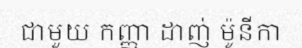
ជាមួយ កញ្ញា ដាញ់ ម៉ូនីកា